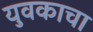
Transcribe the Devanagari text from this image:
युवकाचा